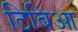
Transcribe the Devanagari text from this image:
टिबिआ